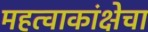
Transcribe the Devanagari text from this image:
महत्वाकांक्षेचा